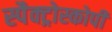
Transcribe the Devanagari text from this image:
स्पैक्ट्रोस्कोपी